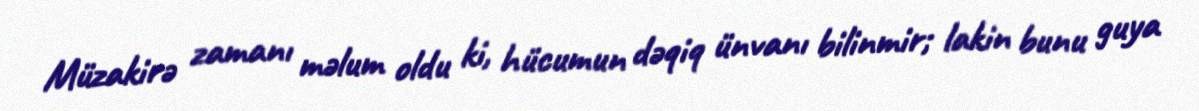
Müzakirə zamanı məlum oldu ki, hücumun dəqiq ünvanı bilinmir; lakin bunu guya